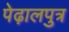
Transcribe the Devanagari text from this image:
पेढ़ालपुत्र